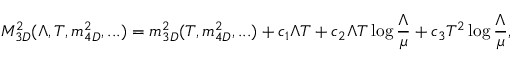
M _ { 3 D } ^ { 2 } ( \Lambda , T , m _ { 4 D } ^ { 2 } , . . . ) = m _ { 3 D } ^ { 2 } ( T , m _ { 4 D } ^ { 2 } , . . . ) + c _ { 1 } \Lambda T + c _ { 2 } \Lambda T \log { \frac { \Lambda } { \mu } } + c _ { 3 } T ^ { 2 } \log { \frac { \Lambda } { \mu } } ,